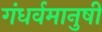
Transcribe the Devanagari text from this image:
गंधर्वमानुषी